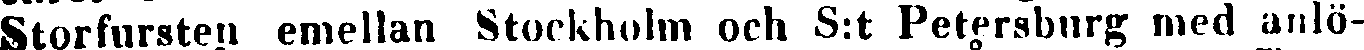
Storfursten emellan Stockholm och S:t Petersburg med anlö-